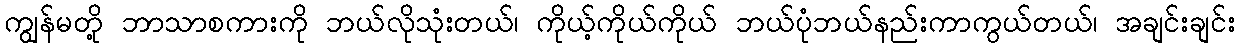
ကျွန်မတို့ ဘာသာစကားကို ဘယ်လိုသုံးတယ်၊ ကိုယ့်ကိုယ်ကိုယ် ဘယ်ပုံဘယ်နည်းကာကွယ်တယ်၊ အချင်းချင်း